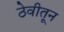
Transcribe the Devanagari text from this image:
ठेवीतून